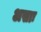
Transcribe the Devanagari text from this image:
असाः